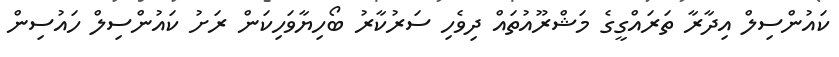
ކައުންސިލް އިދާރާ ތަރައްގީގެ މަޝްރޫއުތައް ދިވެހި ސަރުކާރު ބޯހިޔާވަހިކަން ރަށު ކައުންސިލް ހައުސިން